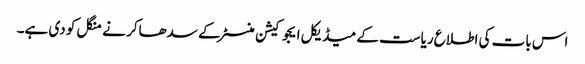
اس بات کی اطلاع ریاست کے میڈیکل ایجوکیشن منسٹر کے سدھاکر نے منگل کو دی ہے۔